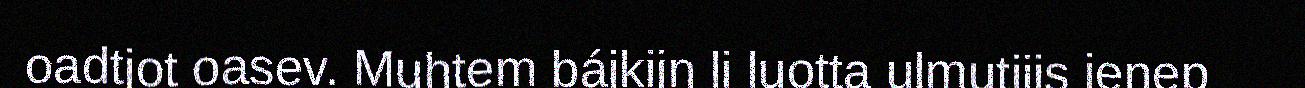
oadtjot oasev. Muhtem bájkijn li luotta ulmutjijs ienep